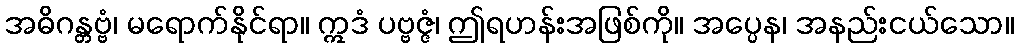
အဓိဂန္တဗ္ဗံ၊ မရောက်နိုင်ရာ။ ဣဒံ ပဗ္ဗဇ္ဇံ၊ ဤရဟန်းအဖြစ်ကို။ အပ္ပေန၊ အနည်းငယ်သော။